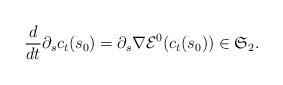
LaTeX: \begin{align*} \frac{d}{dt}\partial_sc_t(s_0)=\partial_s \nabla \mathcal{E}^0_{}(c_t(s_0))\in\mathfrak{S}_2. \end{align*}